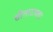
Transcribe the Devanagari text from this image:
सीतारामचा